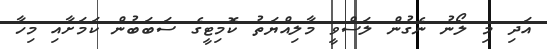
އަދި މި ލޯނު ނެގުން ލަސްވީ މާލިއްޔަތު ކޮމިޓީގެ ސަބަބުން ކަމަށާއި މިހާ